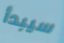
سيبدأ